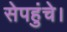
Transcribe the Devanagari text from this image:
सेपहुंचे।